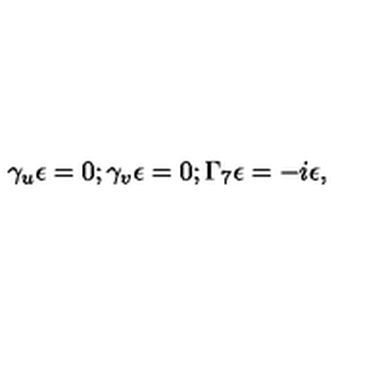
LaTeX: \gamma _ { u } \epsilon = 0 ; \gamma _ { v } \epsilon = 0 ; \Gamma _ { 7 } \epsilon = - i \epsilon ,